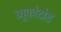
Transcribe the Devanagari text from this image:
ब्यूफोटोड